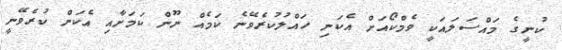
ކުނީގެ މައްސަލައަކީ ވެމްކޯއަށް އެކަނި ހައްލުކުރެވޭނެ ކަމެއް ނޫން ކަމަށާއި އެކަން ކުރެވޭނީ